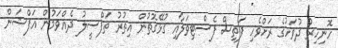
ހޮނިހިރު ދުވަހުގެ ރަށްވެހި ފަތިސް ފެސްޓިވަލާއި ގުޅޭގޮތުން އިތުރު ތަފްސީލު ދެއްވަމުން އަފްޝަން